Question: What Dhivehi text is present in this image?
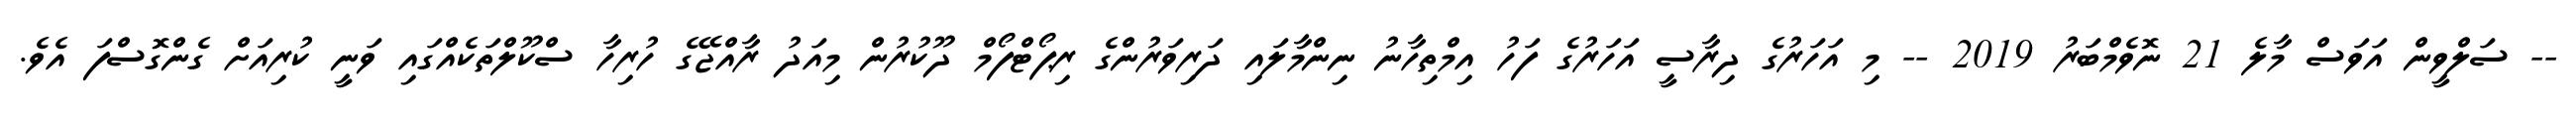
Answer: -- ސަލްވީން އަވަސް މާލެ 21 ނޮވެމްބަރު 2019 -- މި އަހަރުގެ ދިރާސީ އަހަރުގެ ފަހު އިމްތިހާނު ނިންމާލައި ދަރިވަރުންގެ ރިޕޯޓްފޯމް ދޫކުރުން މިއަދު ރާއްޖޭގެ ހުރިހާ ސްކޫލްތަކެއްގައި ވަނީ ކުރިއަށް ގެންގޮސްފަ އެވެ.